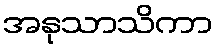
အနုသာသိကာ